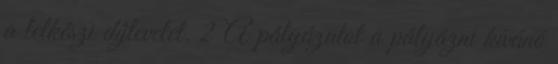
a lelkészi díjlevelet. 2 A pályázatot a pályázni kívánó